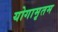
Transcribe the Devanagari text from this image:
योगामृतम